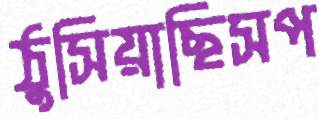
ঠুসিয়াছিসপ